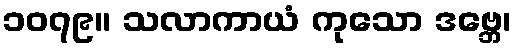
၁၀၇၉။ သလာကာယံ ကုသော ဒဗ္ဘေ၊